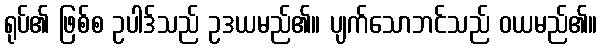
ရုပ်၏ ဖြစ်စ ဥပါဒ်သည် ဥဒယမည်၏။ ပျက်သောဘင်သည် ဝယမည်၏။